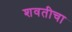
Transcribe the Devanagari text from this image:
शवतीचा